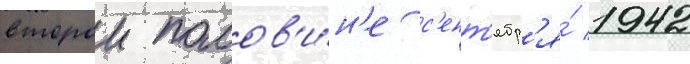
второи полов'и́н'е с'ент'ябр'я́ 1942